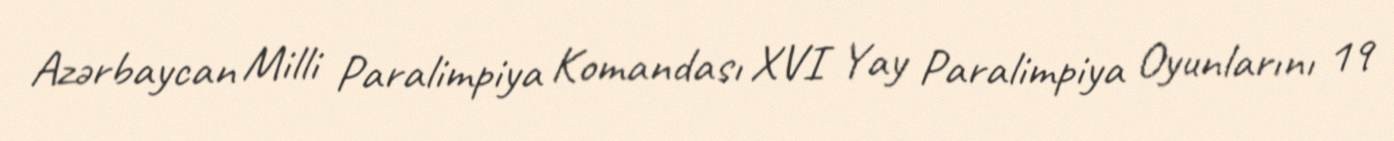
Azərbaycan Milli Paralimpiya Komandası XVI Yay Paralimpiya Oyunlarını 19